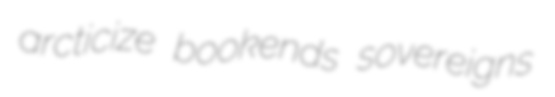
arcticize bookends sovereigns